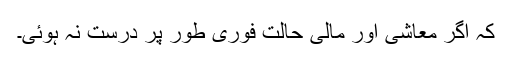
کہ اگر معاشی اور مالی حالت فوری طور پر درست نہ ہوئی۔